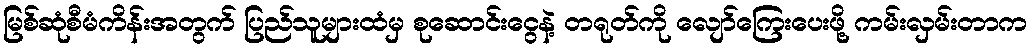
မြစ်ဆုံစီမံကိန်းအတွက် ပြည်သူများထံမှ စုဆောင်းငွေနဲ့ တရုတ်ကို လျော်ကြေးပေးဖို့ ကမ်းလှမ်းတာက